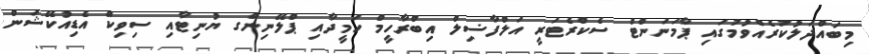
މިބައްދަލުކުރެއްވުމުގައި ޕާމަނަންޓް ސެކްރެޓަރީ އަލްފާޟިލް އިބްރާހީމް ހަމީދާއި ޕްލޭނިންގ ޔުނިޓާއި ސިވިކް އެޑިއުކޭޝަން